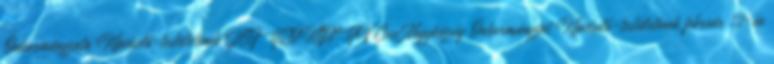
Önkormányzata Képviselő-testületének JEGYZŐKÖNYV Cece Nagyközség Önkormányzat Képviselő-testületének február 12-én